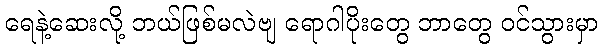
ရေနဲ့ဆေးလို့ ဘယ်ဖြစ်မလဲဗျ ရောဂါပိုးတွေ ဘာတွေ ဝင်သွားမှာ